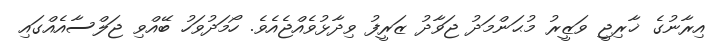
އިރާނުގެ ޚާރިޖީ ވަޒީރު މުޙަންމަދު ޖަވާދު ޒަރީފު ވިދާޅުވެއްޖެއެވެ. ހޯމަދުވަހު ބޭއްވި ޖަލްސާއެއްގައި